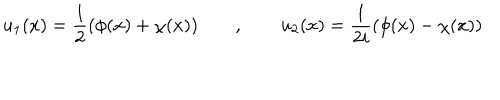
u _ { 1 } ( x ) = \frac { 1 } { 2 } ( \phi ( x ) + \chi ( x ) ) \qquad , \qquad u _ { 2 } ( x ) = \frac { 1 } { 2 i } ( \phi ( x ) - \chi ( x ) )